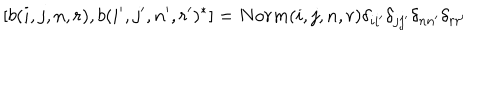
LaTeX: [ b ( i , j , n , r ) , b ( i ^ { \prime } , j ^ { \prime } , n ^ { \prime } , r ^ { \prime } ) ^ { * } ] = N o r m ( i , j , n , r ) \delta _ { i i ^ { \prime } } \delta _ { j j ^ { \prime } } \delta _ { n n ^ { \prime } } \delta _ { r r ^ { \prime } }